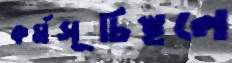
কর্মসূচিস্থলে